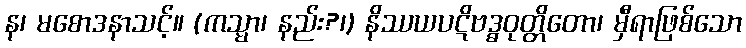
န၊ မစောဒနာသင့်။ (ကသ္မာ၊ နည်း?၊) နိဿယပဋိဗဒ္ဓဝုတ္တိတော၊ မှီရာဖြစ်သော